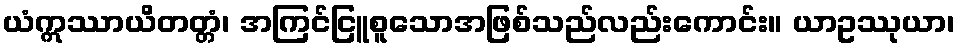
ယံဣဿာယိတတ္တံ၊ အကြင်ငြူစူသောအဖြစ်သည်လည်းကောင်း။ ယာဥဿုယာ၊